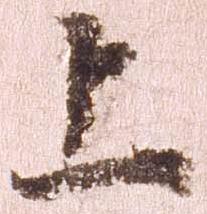
上